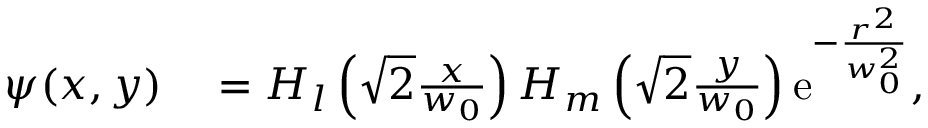
\begin{array} { r l } { \psi ( x , y ) } & { { } = H _ { l } \left( \sqrt { 2 } \frac { x } { w _ { 0 } } \right) H _ { m } \left( \sqrt { 2 } \frac { y } { w _ { 0 } } \right) \mathrm { e } ^ { - \frac { r ^ { 2 } } { w _ { 0 } ^ { 2 } } } , } \end{array}